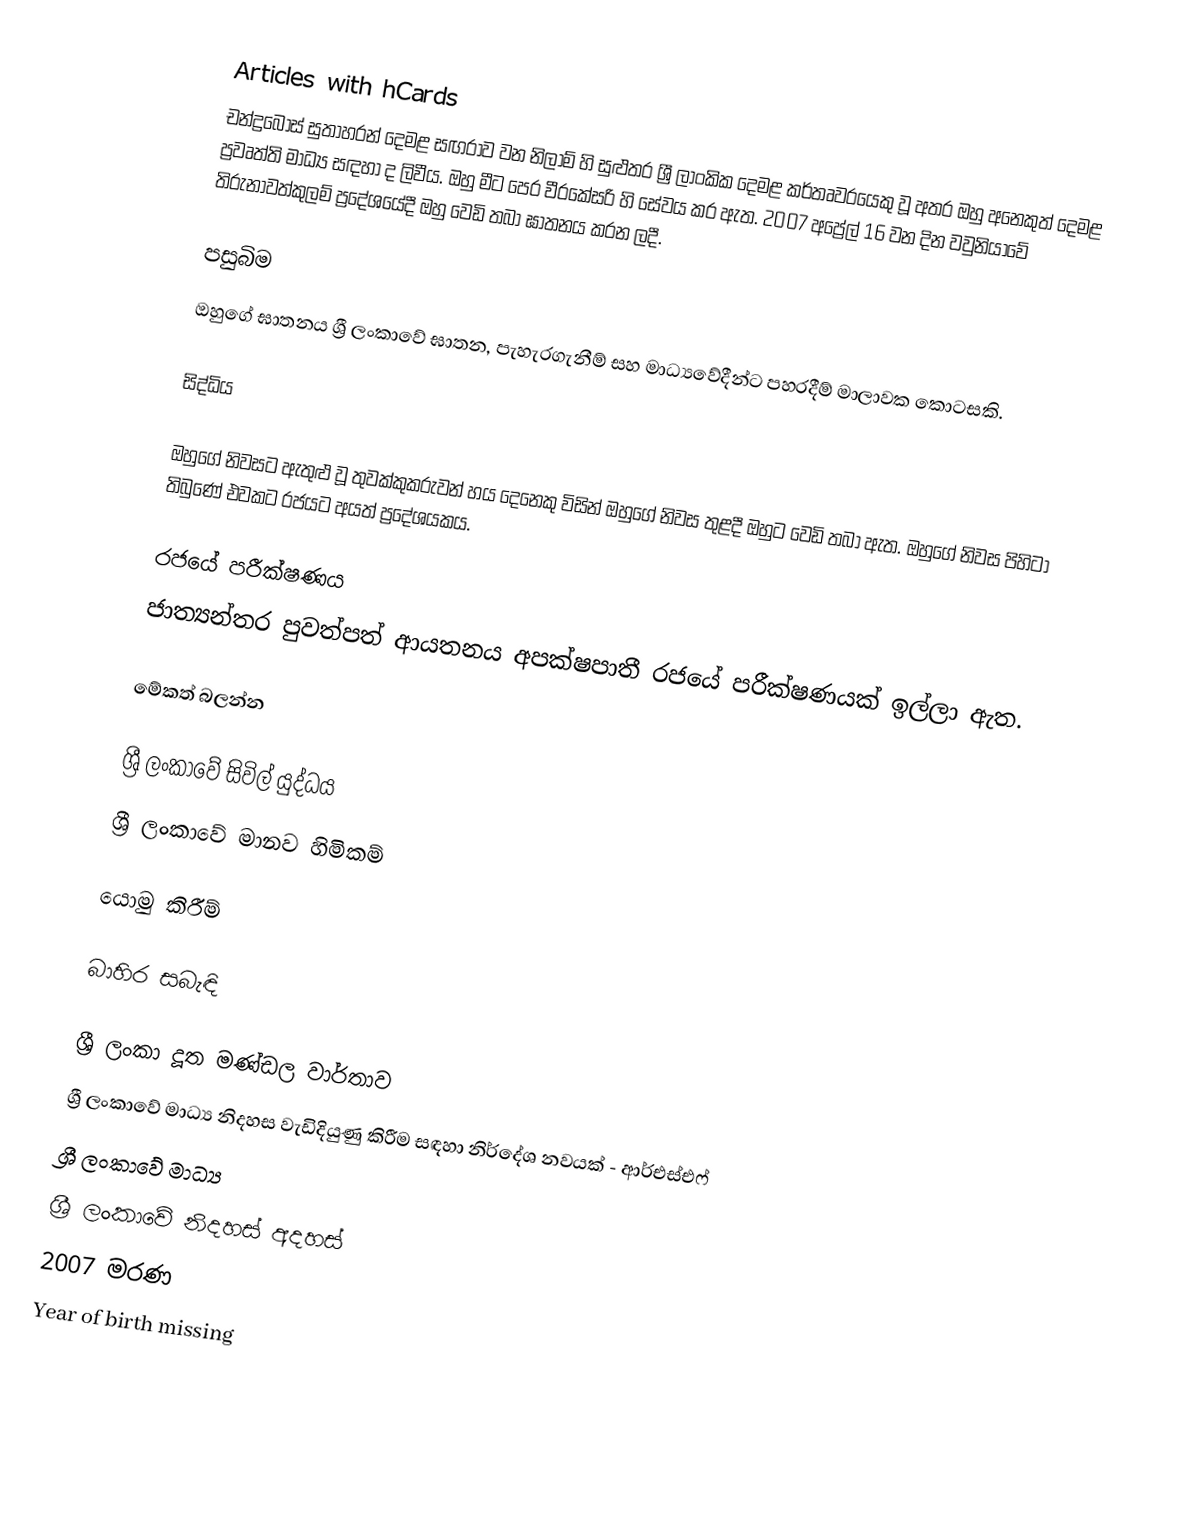
Articles with hCards
චන්ද්‍රබෝස් සුතාහරන් දෙමළ සඟරාව වන නිලාම් හි සුළුතර ශ්‍රී ලාංකික දෙමළ කර්තෘවරයෙකු වූ අතර ඔහු අනෙකුත් දෙමළ ප්‍රවෘත්ති මාධ්‍ය සඳහා ද ලිවීය. ඔහු මීට පෙර වීරකේසරි හි සේවය කර ඇත. 2007 අප්‍රේල් 16 වන දින වවුනියාවේ තිරුනාවත්කුලම් ප්‍රදේශයේදී ඔහු වෙඩි තබා ඝාතනය කරන ලදී.

පසුබිම
ඔහුගේ ඝාතනය ශ්‍රී ලංකාවේ ඝාතන, පැහැරගැනීම් සහ මාධ්‍යවේදීන්ට පහරදීම් මාලාවක කොටසකි.

සිද්ධිය
 
ඔහුගේ නිවසට ඇතුළු වූ තුවක්කුකරුවන් හය දෙනෙකු විසින් ඔහුගේ නිවස තුළදී ඔහුට වෙඩි තබා ඇත. ඔහුගේ නිවස පිහිටා තිබුණේ එවකට රජයට අයත් ප්‍රදේශයකය.

රජයේ පරීක්ෂණය
ජාත්‍යන්තර පුවත්පත් ආයතනය අපක්ෂපාතී රජයේ පරීක්ෂණයක් ඉල්ලා ඇත.

මේකත් බලන්න

 ශ්‍රී ලංකාවේ සිවිල් යුද්ධය
 ශ්‍රී ලංකාවේ මානව හිමිකම්

යොමු කිරීම්

බාහිර සබැඳි

 ශ්‍රී ලංකා දූත මණ්ඩල වාර්තාව
 ශ්‍රී ලංකාවේ මාධ්‍ය නිදහස වැඩිදියුණු කිරීම සඳහා නිර්දේශ නවයක් - ආර්එස්එෆ්
 ශ්‍රී ලංකාවේ මාධ්‍ය
 ශ්‍රී ලංකාවේ නිදහස් අදහස්
2007 මරණ
Year of birth missing